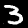
Digit: 3